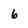
Character: 6